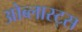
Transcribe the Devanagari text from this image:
ओब्लास्ट्स